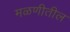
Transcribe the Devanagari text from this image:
मळणीतील